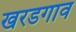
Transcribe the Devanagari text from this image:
खरडगाव